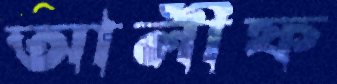
আলীফ